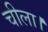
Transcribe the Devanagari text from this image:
चीला।